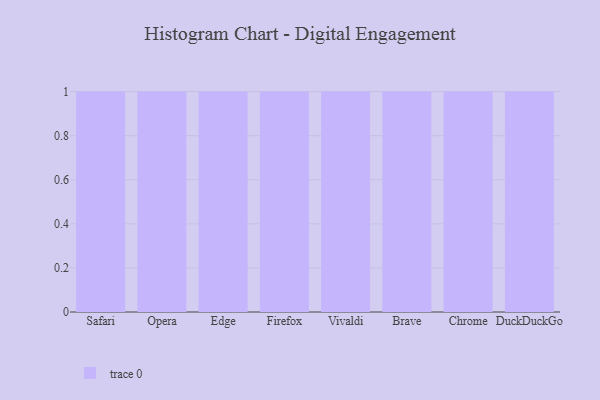
{"axis": {"x": "Browser", "y": "Humidity (%)"}, "legend": [""], "data": [{"x": "Safari", "y": 42, "type": ""}, {"x": "Opera", "y": 94, "type": ""}, {"x": "Edge", "y": 87, "type": ""}, {"x": "Firefox", "y": 82, "type": ""}, {"x": "Vivaldi", "y": 25, "type": ""}, {"x": "Brave", "y": 2, "type": ""}, {"x": "Chrome", "y": 24, "type": ""}, {"x": "DuckDuckGo", "y": 63, "type": ""}]}